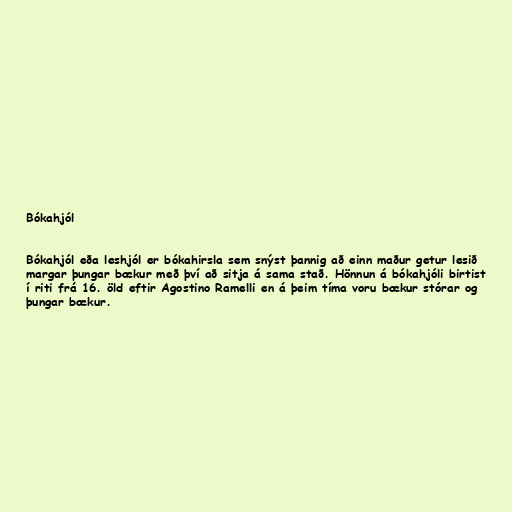
Bókahjól

Bókahjól eða leshjól er bókahirsla sem snýst þannig að einn maður getur lesið
margar þungar bækur með því að sitja á sama stað. Hönnun á bókahjóli birtist
í riti frá 16. öld eftir Agostino Ramelli en á þeim tíma voru bækur stórar og
þungar bækur.